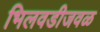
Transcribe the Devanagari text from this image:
भिलवडीजवळ